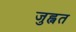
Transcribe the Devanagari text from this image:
जुह्वत